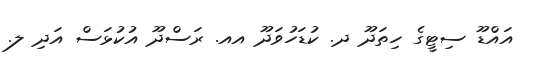
އައްޑޫ ސިޓީގެ ހިތަދޫ ދ. ކުޑަހުވަދޫ އއ. ރަސްދޫ އުކުޅަސް އަދި ލ.